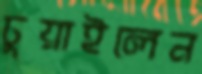
চুয়াইলেন